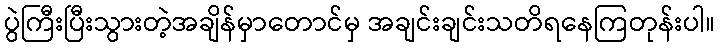
ပွဲကြီးပြီးသွားတဲ့အချိန်မှာတောင်မှ အချင်းချင်းသတိရနေကြတုန်းပါ။